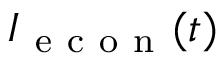
I _ { \mathrm { ~ e ~ c ~ o ~ n ~ } } ( t )